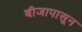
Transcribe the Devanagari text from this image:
बीजापासून